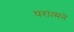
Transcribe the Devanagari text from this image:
परात्मने